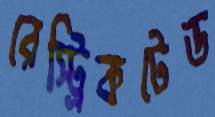
রেস্ট্রিকটেড